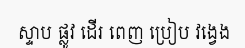
ស្ទាប ផ្លូវ ដើរ ពេញ ប្រៀប វង្វេង